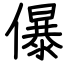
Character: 儤